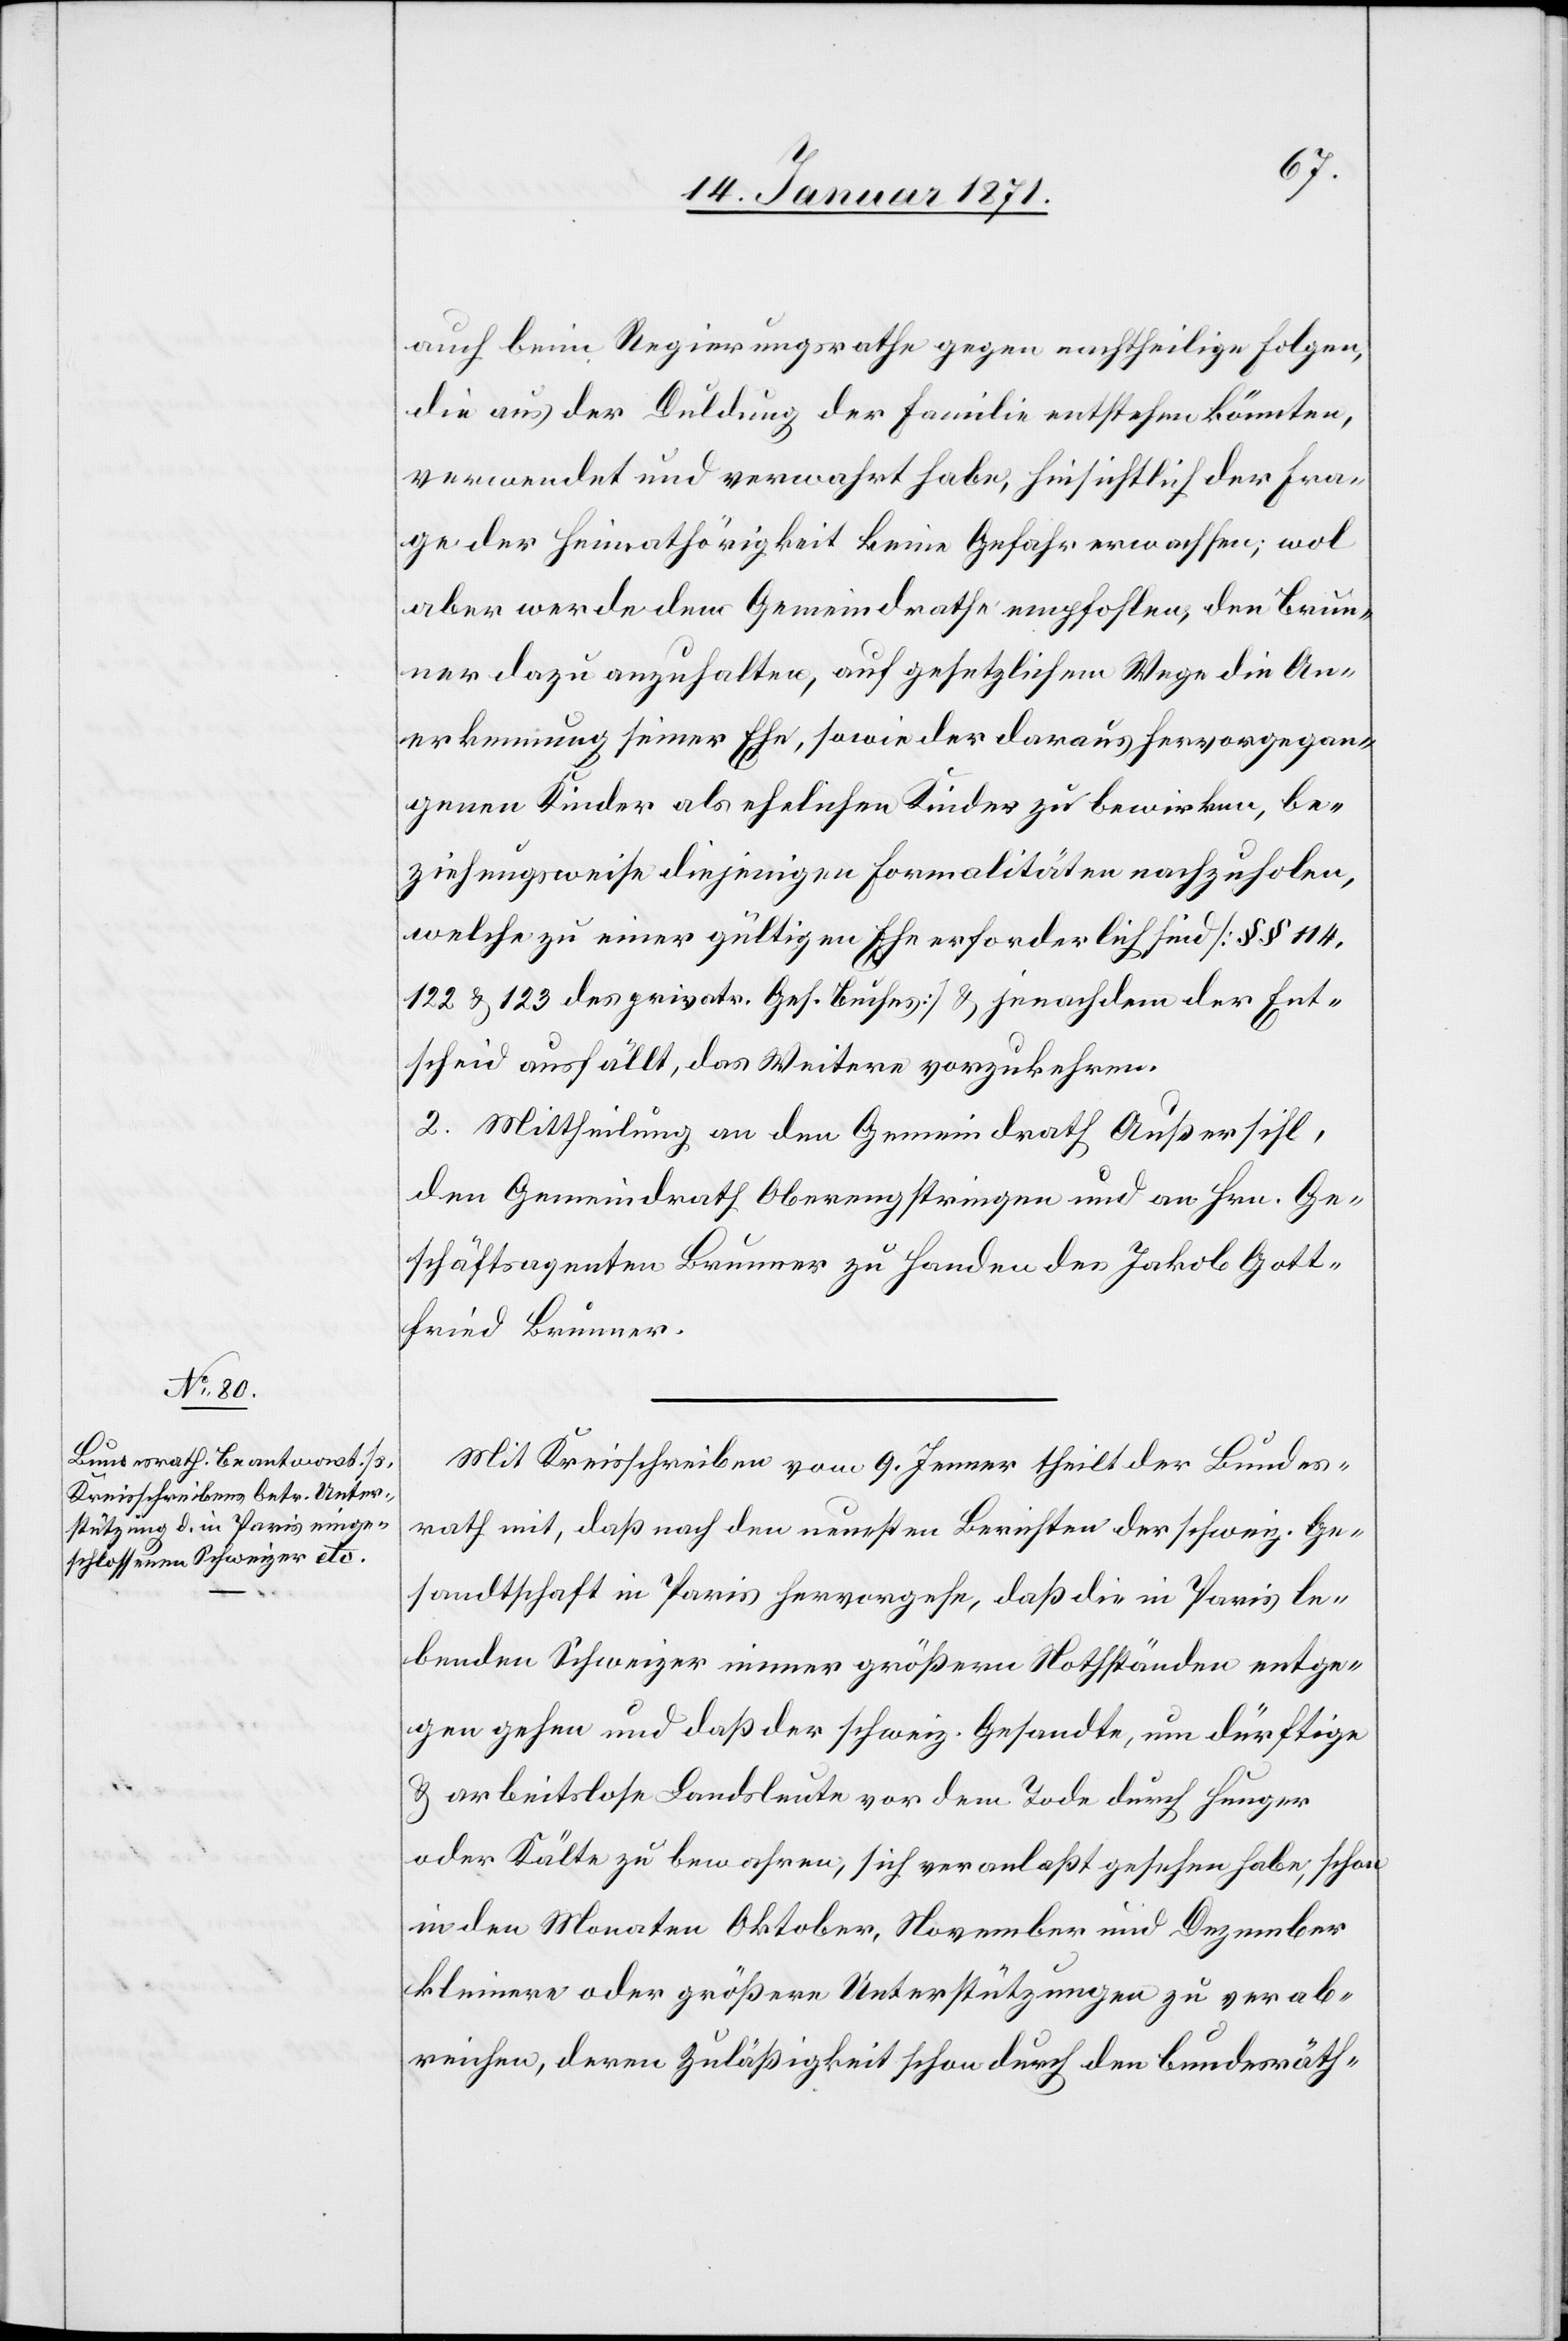
auch beim Regierungsrathe gegen nachtheilige Folgen,
die aus der Duldung der Familie entstehen könnten,
verwendet und verwahrt habe, hinsichtlich der Fra¬
ge der Heimathörigkeit keine Gefahr erwachsen, wol
aber werde dem Gemeindrathe empfohlen, den Brun¬
ner dazu anzuhalten, auf gesetzlichem Wege die An¬
erkennung seiner Ehe, sowie der daraus hervorgegan¬
genen Kinder als ehelichen Kinder zu bewirken, be¬
ziehungsweise diejenigen Formalitäten nachzuholen,
welche zu einer gültigen Ehe erforderlich sind [§§ 114,
122 u. 123 des privatr. Ges. Buches] u. jenachdem der Ent¬
scheid ausfällt, das Weitere vorzukehren.
2. Mittheilung an den Gemeindrath Außersihl,
den Gemeindrath Oberengstringen und an Hrn. Ge¬
schäftsagenten Brunner zu Handen des Jakob Gott¬
fried Brunner.
Mit Kreisschreiben vom 9. Jenner theilt der Bundes¬
rath mit, daß nach den neuesten Berichten der schweiz. Ge¬
sandtschaft in Paris hervorgehe, daß die in Paris le¬
benden Schweizer immer größern Nothständen entge¬
gen gehen und daß der schweiz. Gesandte, um dürftige
u. arbeitslose Landsleute vor dem Tode durch Hunger
oder Kälte zu bewahren, sich veranlaßt gesehen habe, schon
in den Monaten Oktober, November und Dezember
kleinere oder größere Unterstützungen zu verab¬
reichen, deren Zuläßigkeit schon durch den bundesräth-